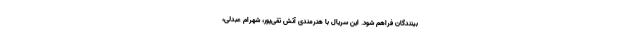
بینندگان فراهم شود. این سریال با هنرمندی آتش تقی‌پور، شهرام عبدلی،